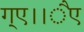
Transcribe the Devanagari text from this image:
ग्ए।।ैए